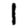
Digit: 1